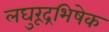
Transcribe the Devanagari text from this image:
लघुरूद्रभिषेक